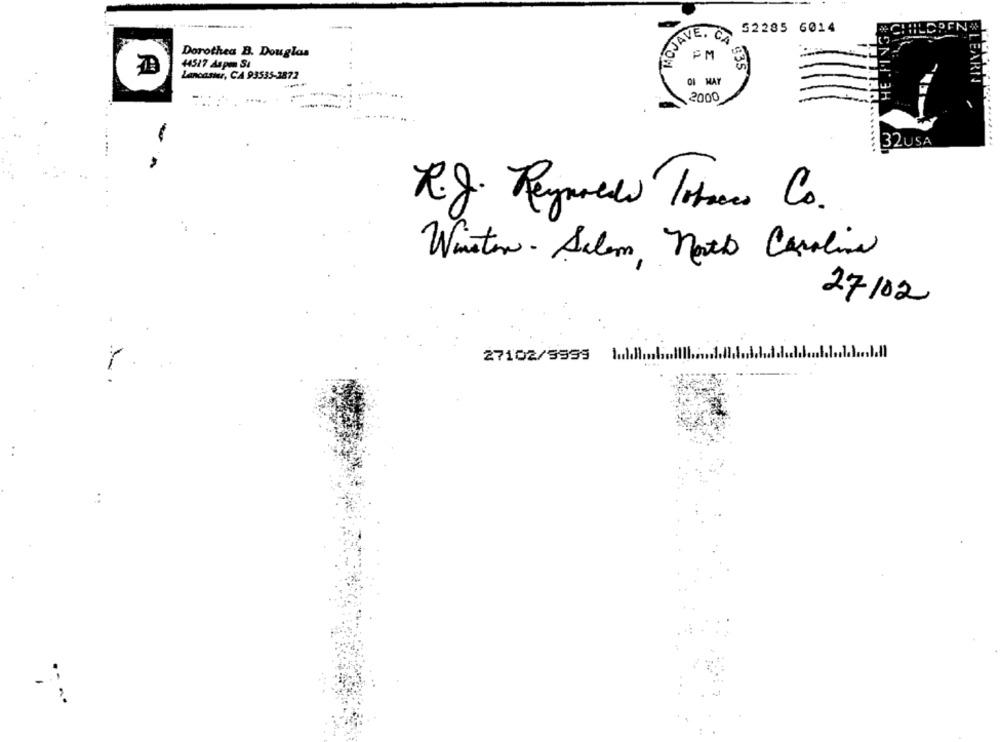
ACJAV
52285 6014
Dorothea B. Douglas
14517 Aspen Si
835
Lancaster, CA 93535-3872
EAR
OI MAY
2000
32USA
....
R.J. Reynolds Tobacco Co.
Winston - Salem, north Carolina
27/02
27102/9999 1mldll
:
. . ..